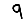
Digit: 9